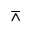
\barwedge